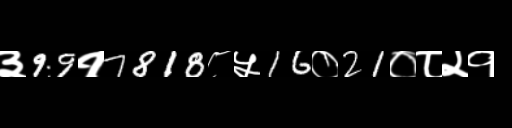
Text: ३99१7818८५16०21०८२१